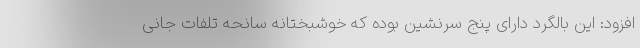
افزود: این بالگرد دارای پنج سرنشین بوده که خوشبختانه سانحه تلفات جانی